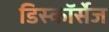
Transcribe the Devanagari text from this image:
डिस्कॉर्सेज